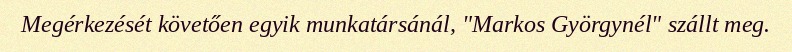
Megérkezését követően egyik munkatársánál, "Markos Györgynél" szállt meg.